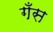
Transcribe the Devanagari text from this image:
गँस